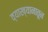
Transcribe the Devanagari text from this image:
व्याख्यानातून